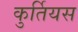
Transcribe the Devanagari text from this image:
कुर्तियस